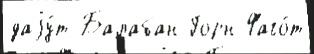
даjу́т Балабан Горн Фаго́т